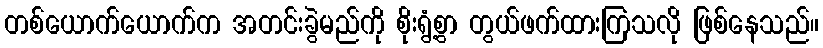
တစ်ယောက်ယောက်က အတင်းခွဲမည်ကို စိုးရွံ့စွာ တွယ်ဖက်ထားကြသလို ဖြစ်နေသည်။